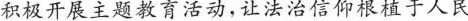
积极开展主题教育活动，让法治信仰根植于人民